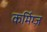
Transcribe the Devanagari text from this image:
कर्मिग्ज़